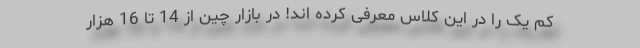
کم یک را در این کلاس معرفی کرده اند! در بازار چین از 14 تا 16 هزار